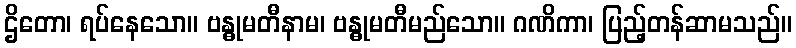
ဌိတော၊ ရပ်နေသော။ ဗန္ဓုမတီနာမ၊ ဗန္ဓုမတီမည်သော။ ဂဏိကာ၊ ပြည့်တန်ဆာမသည်။